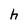
Character: h